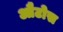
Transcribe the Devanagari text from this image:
औटोस